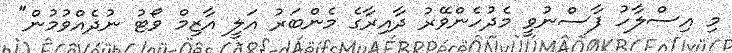
މި އިސްލާހު ފާސްނުވީ މެދުހެންވޭރު ދާއިރާގެ މެންބަރު އަލީ އާޒިމް ވޯޓު ނުދެއްވުމުން"